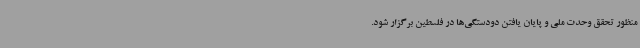
منظور تحقق وحدت ملی و پایان یافتن دودستگی‌ها در فلسطین برگزار شود.